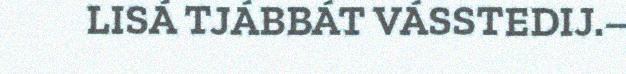
LISÁ TJÁBBÁT VÁSSTEDIJ.–